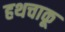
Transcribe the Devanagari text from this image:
हथचाकू